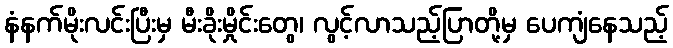
နံနက်မိုးလင်းပြီးမှ မီးခိုးမှိုင်းတွေ၊ လွင့်လာသည့်ပြာတို့မှ ပေကျံနေသည့်